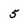
Character: 5